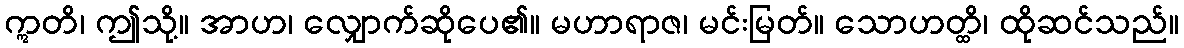
ဣတိ၊ ဤသို့။ အာဟ၊ လျှောက်ဆိုပေ၏။ မဟာရာဇ၊ မင်းမြတ်။ သောဟတ္ထိ၊ ထိုဆင်သည်။